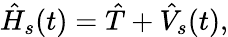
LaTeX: {\hat{H}}_{s}(t)={\hat{T}}+{\hat{V}}_{s}(t),